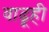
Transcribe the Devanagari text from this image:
वाढूही